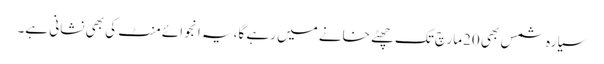
سیارہ شمس بھی 20مارچ تک چھٹے خانے میں رہے گا، یہ انجوائے منٹ کی بھی نشانی ہے۔